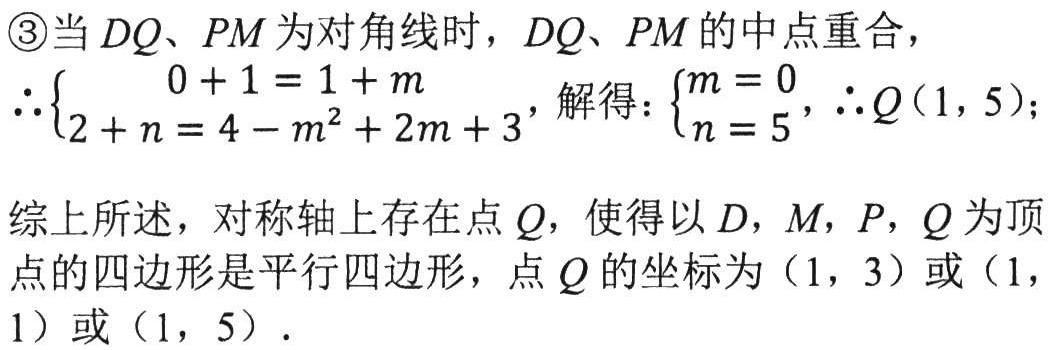
\textcircled{3}当 \(DQ\)、\(PM\) 为对角线时，\(DQ\)、\(PM\) 的中点重合，
\(\therefore\begin{cases}0 + 1 = 1 + m\\2 + n = 4 - m^{2}+2m + 3\end{cases}\)，解得：\(\begin{cases}m = 0\\n = 5\end{cases}\)，\(\therefore Q(1,5)\)；
综上所述，对称轴上存在点 \(Q\)，使得以 \(D\)，\(M\)，\(P\)，\(Q\) 为顶点的四边形是平行四边形，点 \(Q\) 的坐标为 \((1,3)\) 或 \((1,1)\) 或 \((1,5)\)．